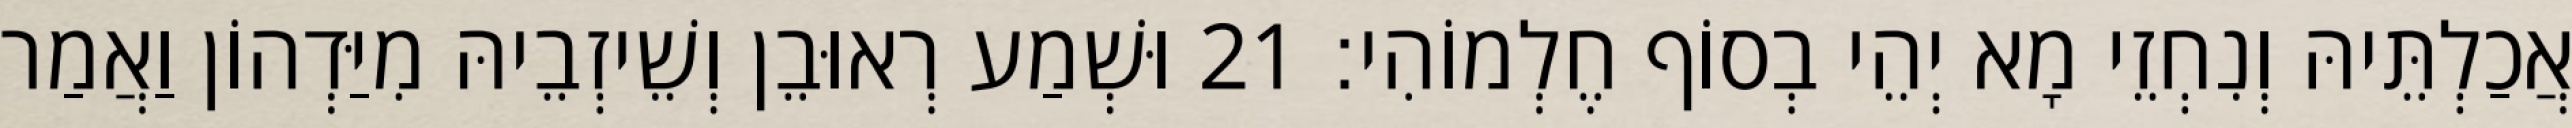
אֲכַלְתֵּיהּ וְנִחְזֵי מָא יְהֵי בְסוֹף חֶלְמוֹהִי׃ 21 וּשְׁמַע רְאוּבֵן וְשֵׁיזְבֵיהּ מִיַּדְהוֹן וַאֲמַר